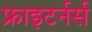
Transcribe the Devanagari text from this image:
फ्राइटर्नर्स